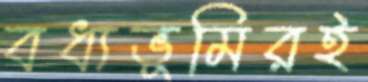
বধ্যভূমিরই